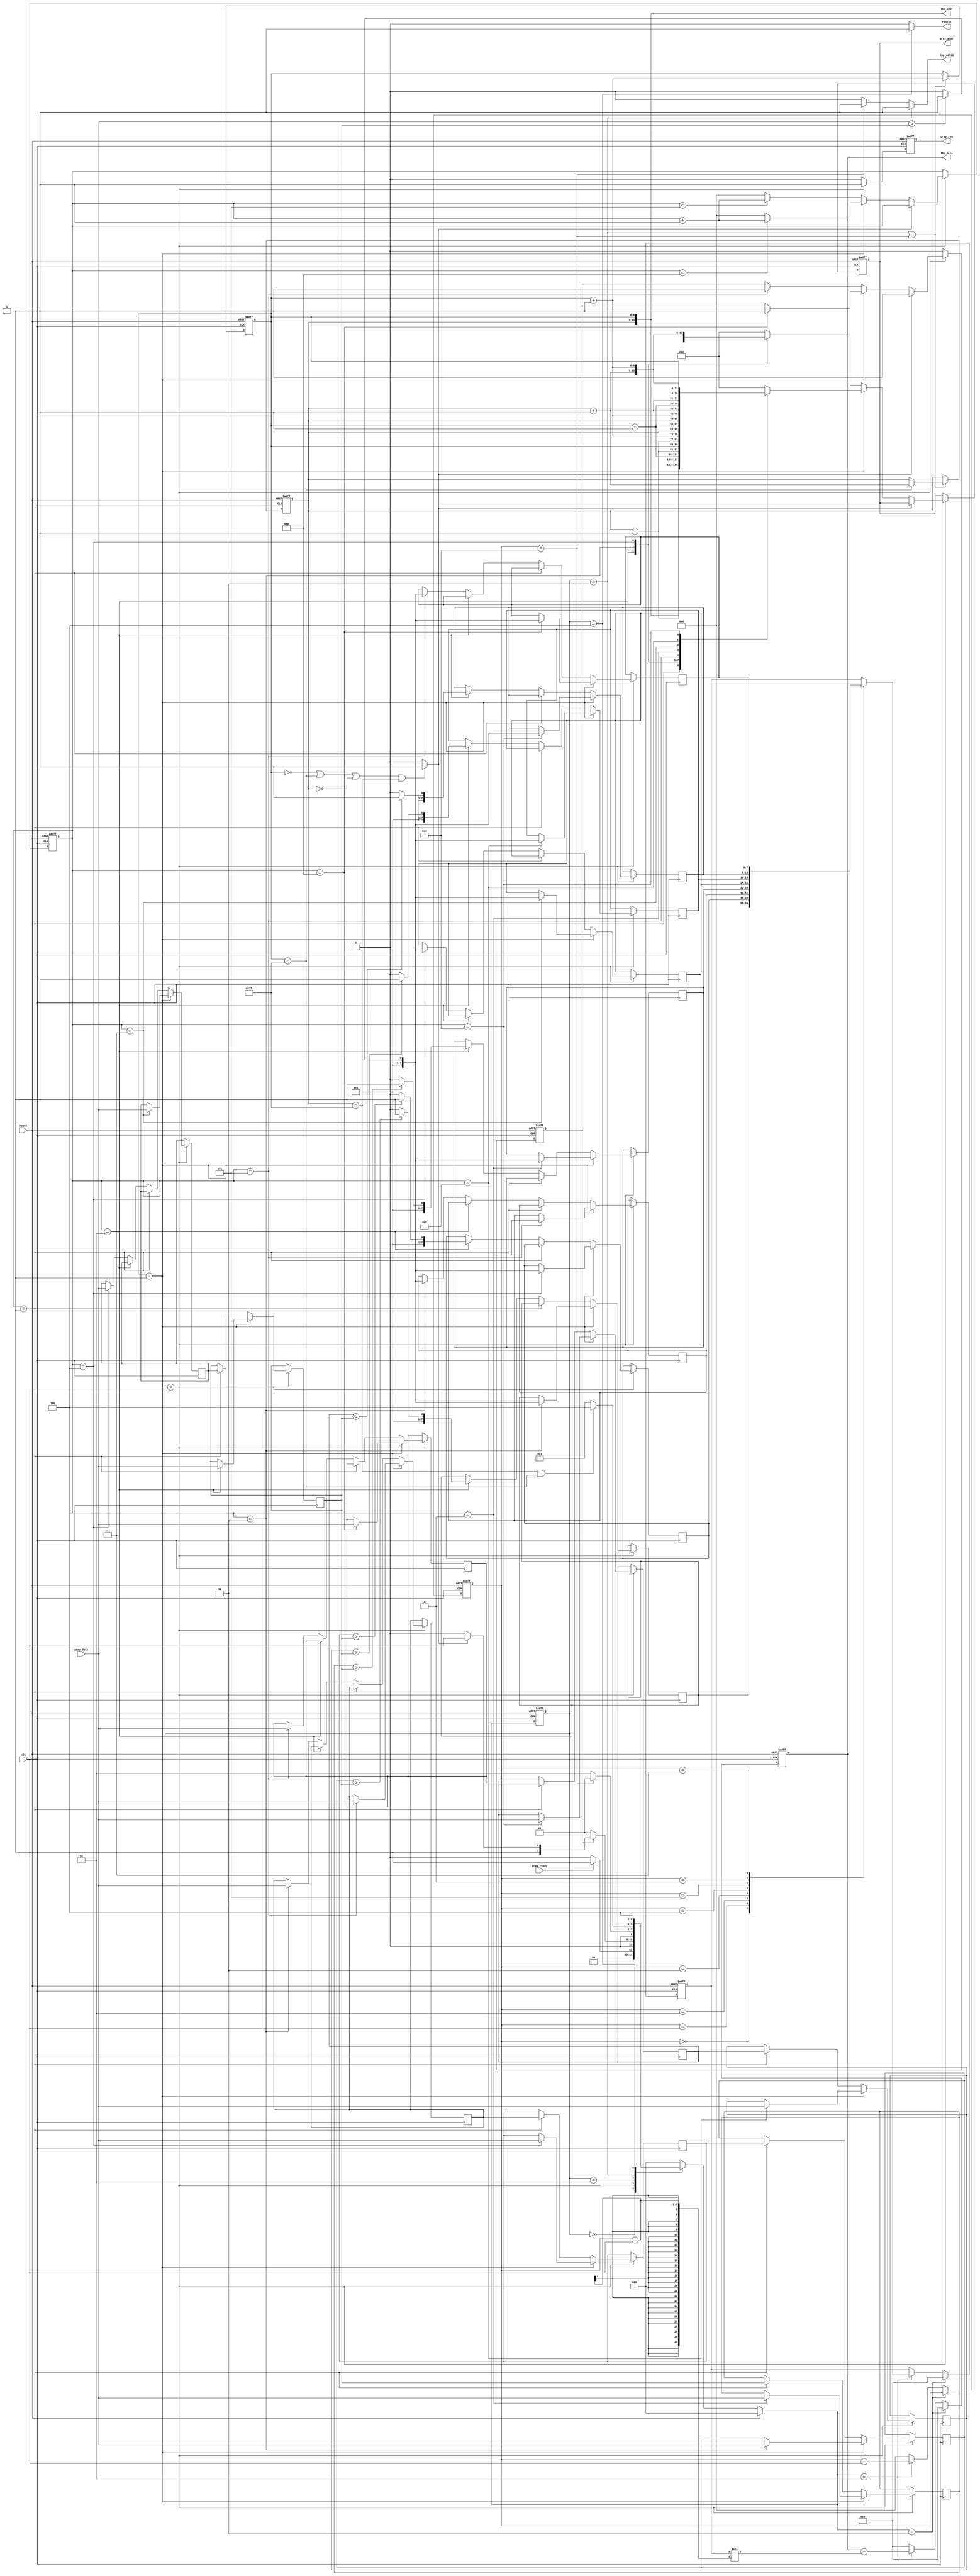
 
`timescale 1ns/10ps
module LBP ( clk, reset, gray_addr, gray_req, gray_ready, gray_data, lbp_addr, lbp_valid, lbp_data, finish);
input   	clk;
input   	reset;
output  reg[13:0] 	gray_addr;
output  reg       	gray_req;
input   	gray_ready;
input   [7:0] 	gray_data;
output  [13:0] 	lbp_addr;
output 	lbp_valid;
output  reg[7:0] 	lbp_data;
output  	finish;


//====================================================================
reg [2:0]state, next_state;
parameter IDLE = 3'd0;
parameter READ = 3'd1;
parameter WRITE = 3'd2;
parameter WRITE_0 = 3'd3;
parameter FINISH = 3'd4;

reg [6:0]col, row;
reg [3:0]cnt_out;
reg read_done;
reg [3:0]cnt_read;
reg [7:0]pix [0:8];
reg [7:0]buffer [0:8];
wire is_edge;
reg [7:0] tmp;


assign lbp_addr = {row, col};
assign lbp_valid = (state == WRITE_0) ? 1 : (cnt_out == 9) ? 1 : 0;
assign finish = (state == FINISH) ? 1 : 0;
assign is_edge = (col == 0 || col == 127 || row == 0 || row == 127) ? 1 : 0;

always@(posedge clk or posedge reset)begin
    if(reset)
        state <= IDLE;
    else 
        state <= next_state;
end

always@(*)begin
    if(reset)
        next_state = IDLE;
    else begin
        case(state)
            IDLE:begin
                if(gray_ready == 1) next_state = READ;
                else next_state = IDLE;
            end
            READ:begin
                if(read_done == 1)begin
                    if(is_edge == 1)
                        next_state = WRITE_0;
                    else
                        next_state = WRITE;
                end
                else next_state = READ;  
            end
            WRITE:begin
                if(cnt_out == 9) next_state = READ;
                else next_state = WRITE;
            end
            WRITE_0:begin
                if(row == 127 && col == 127) next_state = FINISH;
                else next_state = READ;
            end
            FINISH:
                next_state = FINISH;
            default:    next_state = IDLE;
        endcase
    end 
end


//COL or ROW Controller
always@(posedge clk or posedge reset)begin
    if(reset)begin
        col <= 0;
        row <= 0;
    end
    else begin
        if(state == WRITE_0 || cnt_out == 9)begin
            if(col == 127)begin
                row <= row + 1;
            end
            col <= col + 1;
        end

    end
end

always @(posedge clk or posedge reset) begin
    if(reset)
    begin
        gray_addr <= 0;
        cnt_read <= 0;
        read_done <= 0;
        gray_req <= 0;
    end
    
    else if(state == READ) //read full 
    begin
        gray_req <= 1;
        if(is_edge == 1) 
        begin
            read_done <= 1;
        end
        else if(col == 1)
        begin
            case (cnt_read)
                1: gray_addr <= {row,col}; 
                2: gray_addr <= {row-7'd1,col-7'd1}; 
                3: gray_addr <= {row-7'd1,col}; 
                4: gray_addr <= {row-7'd1,col+7'd1}; 
                5: gray_addr <= {row,col-7'd1}; 
                6: gray_addr <= {row,col+7'd1};
                7: gray_addr <= {row+7'd1,col-7'd1}; 
                8: gray_addr <= {row+7'd1,col}; 
                9: gray_addr <= {row+7'd1,col+7'd1}; 
                default: gray_addr <= 0;
            endcase
            if(cnt_read < 10)
                cnt_read <= cnt_read +1; 
            else
                cnt_read <= 0;
            if(cnt_read == 10)
                read_done <= 1;
        end
        else
        begin
            case (cnt_read)
                2: gray_addr <= {row-7'd1,col+7'd1}; 
                3: gray_addr <= {row,col+7'd1}; 
                4: gray_addr <= {row+7'd1,col+7'd1}; 
                default: gray_addr <= 0;
            endcase
            if(cnt_read < 5)
                cnt_read <= cnt_read +1; 
            else
                cnt_read <= 0;

            if(cnt_read == 5)
                read_done <= 1;
        end
    end
    else
    begin
        read_done <= 0;
        gray_req <= 0;
    end
end

//pix buff

always @(posedge clk) begin
    if(state == READ)
    begin
        
        if(col == 1) //full read
        begin
            case (cnt_read)
                2 :pix[4] <= gray_data;  
                3 :pix[0] <= gray_data; 
                4 :pix[1] <= gray_data;  
                5 :pix[2] <= gray_data;  
                6 :pix[3] <= gray_data;  
                7 :pix[5] <= gray_data;  
                8 :pix[6] <= gray_data;  
                9 :pix[7] <= gray_data;  
                10:pix[8] <= gray_data;  
            endcase
            
            case (cnt_read)
                3 :buffer[0] <= (gray_data >= pix[4]) ? 1:0;  
                4 :buffer[1] <= (gray_data >= pix[4]) ? 1:0;  
                5 :buffer[2] <= (gray_data >= pix[4]) ? 1:0;  
                6 :buffer[3] <= (gray_data >= pix[4]) ? 1:0;  
                7 :buffer[5] <= (gray_data >= pix[4]) ? 1:0;  
                8 :buffer[6] <= (gray_data >= pix[4]) ? 1:0;  
                9 :buffer[7] <= (gray_data >= pix[4]) ? 1:0;  
                10 :buffer[8] <= (gray_data >= pix[4]) ? 1:0;   
            endcase

        end

        else //read three
        begin
            if(cnt_read == 1)
            begin
                pix[0] <= pix[1];
                pix[1] <= pix[2];
                pix[3] <= pix[4];
                pix[4] <= pix[5];
                pix[6] <= pix[7];
                pix[7] <= pix[8];
                pix[0] <= pix[1];
            end
            else if(cnt_read == 2)
            begin
                buffer[0] <= (pix[0] >= pix[4]) ? 1:0;
                buffer[1] <= (pix[1] >= pix[4]) ? 1:0;
                buffer[3] <= (pix[3] >= pix[4]) ? 1:0;
                buffer[6] <= (pix[6] >= pix[4]) ? 1:0;
                buffer[7] <= (pix[7] >= pix[4]) ? 1:0;
            end
            else 
            begin
                case (cnt_read)
                    3 :pix[2] <= gray_data;  
                    4 :pix[5] <= gray_data;  
                    5 :pix[8] <= gray_data;   
                endcase
                
                case (cnt_read)
                    3 :buffer[2] <= (gray_data >= pix[4]) ? 1:0;    
                    4 :buffer[5] <= (gray_data >= pix[4]) ? 1:0;    
                    5 :buffer[8] <= (gray_data >= pix[4]) ? 1:0;     
                endcase
            end
        end
    end
end


//DATA OUTPUT
always@(posedge clk or posedge reset)begin
    if(reset)begin
        lbp_data <= 0;
        cnt_out <= 0;
        tmp <= 0;
    end
    else begin
        if(next_state == WRITE_0)
        begin
            lbp_data <= 0;
            tmp <= 0;
        end
        else if(next_state == WRITE)begin
            // if(cnt_out < 4)
            //     lbp_data <= lbp_data + (buffer[cnt_out] << cnt_out); // 0 1 2 3 
            // else 
            //     lbp_data <= lbp_data + (buffer[cnt_out + 1] << cnt_out); // 4 5 6 7

            case (cnt_out)
                0: tmp <= buffer[0];
                1: tmp <= buffer[1];
                2: tmp <= buffer[2];
                3: tmp <= buffer[3];
                4: tmp <= buffer[5];
                5: tmp <= buffer[6];
                6: tmp <= buffer[7];
                7: tmp <= buffer[8];
            endcase
            lbp_data <= lbp_data + (tmp << (cnt_out-1));
            cnt_out <= cnt_out + 1;
        end
        else begin 
            cnt_out <= 0;
            lbp_data <= 0;
        end
    end
end


//====================================================================
endmodule